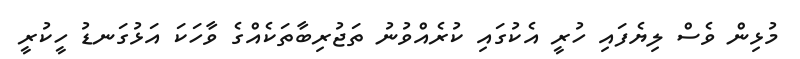
މުޅިން ވެސް ލިޔެފައި ހުރީ އެކުގައި ކުރެއްވުނު ތަޖުރިބާތަކެއްގެ ވާހަކަ އަޅުގަނޑު ހީކުރީ